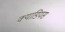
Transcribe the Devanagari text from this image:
क्याडियस